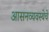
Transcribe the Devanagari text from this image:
आसनव्यवस्थेचे